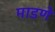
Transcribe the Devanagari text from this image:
माडणे